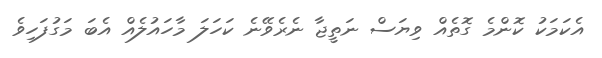
އެކަމަކު ކޮންމެ ގޮތެއް ވިޔަސް ނަތީޖާ ނެރެވޭނެ ކަހަލަ މާހައުލެއް އެބަ މަގުފަހިވެ